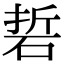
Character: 硩